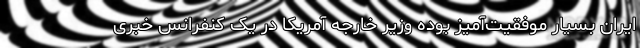
ایران بسیار موفقیت‌آمیز بوده وزیر خارجه آمریکا در یک کنفرانس خبری